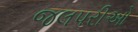
જલપરીઓ